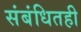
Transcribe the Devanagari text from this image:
संबंधितही